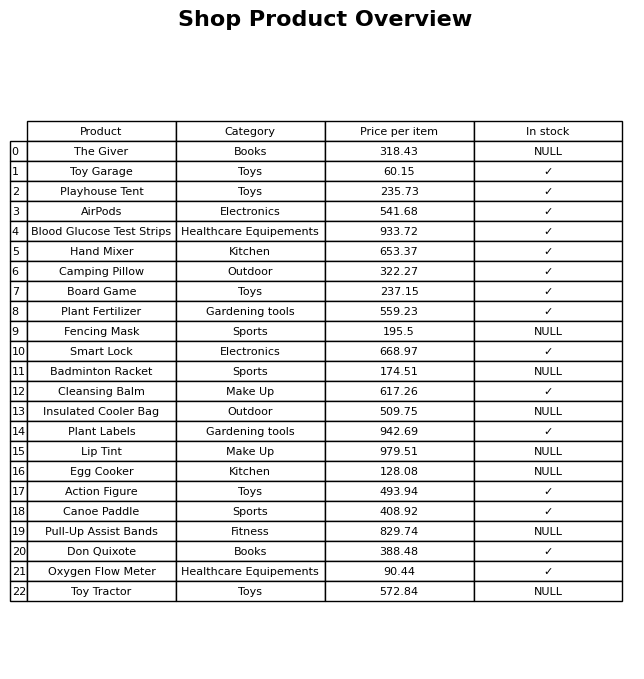
question: What is the price of the Board Game?
answer: The price of Board Game is 237.15.